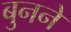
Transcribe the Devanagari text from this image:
बुुनने